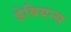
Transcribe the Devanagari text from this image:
डेबियन्स